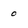
Character: 0